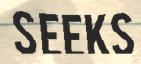
SEEKS